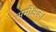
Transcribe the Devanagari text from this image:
समीक्षक।